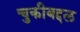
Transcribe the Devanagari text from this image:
चुकीबद्दल